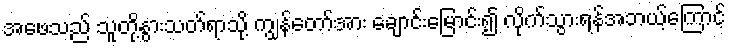
အဖေသည် သူတို့နွားသတ်ရာသို့ ကျွန်တော်အား ချောင်းမြောင်း၍ လိုက်သွားရန်အဘယ့်ကြောင့်